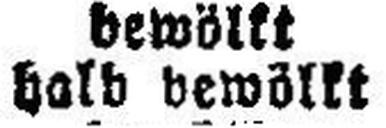
halb bewöllt